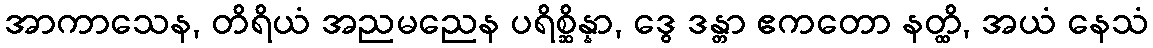
အာကာသေန, တိရိယံ အညမညေန ပရိစ္ဆိန္နာ, ဒွေ ဒန္တာ ဧကတော နတ္ထိ, အယံ နေသံ